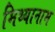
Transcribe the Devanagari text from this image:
मिथ्यानाम